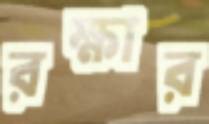
রক্ষার